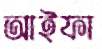
আইফা